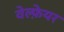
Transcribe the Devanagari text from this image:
वेल्फ़ेयर